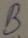
Text: B